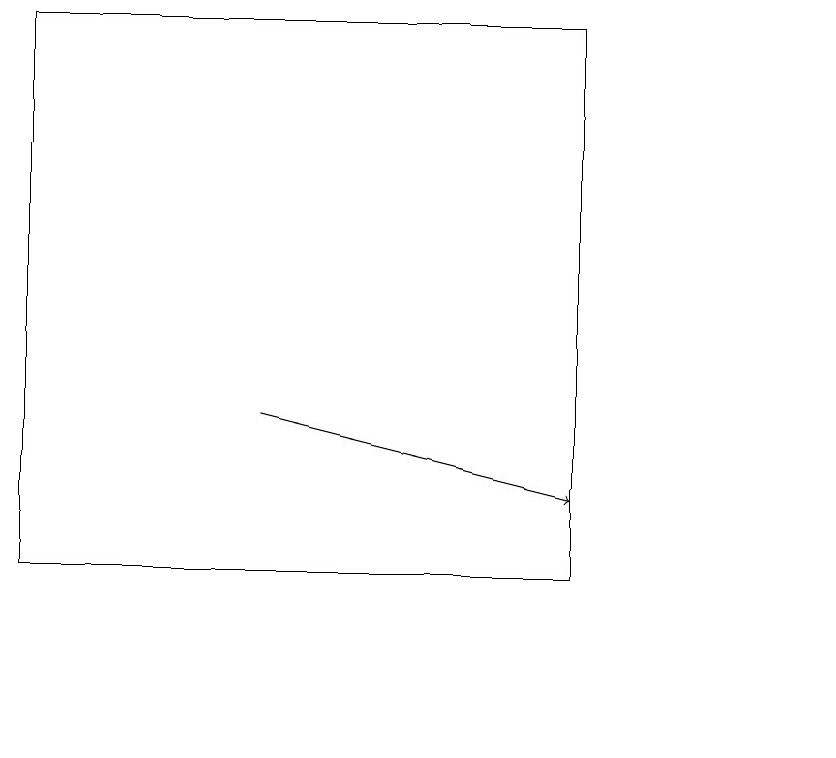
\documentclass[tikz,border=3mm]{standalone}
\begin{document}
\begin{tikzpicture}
\draw (10,10) circle (0);
\draw (0,19) rectangle (7,12);
\draw[->] (3,14) -- (7,13);
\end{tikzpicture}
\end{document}